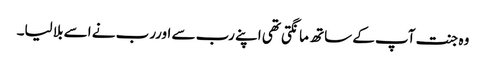
وہ جنت آپ کے ساتھ مانگتی تھی اپنے رب سے اوررب نے اسے بلا لیا۔